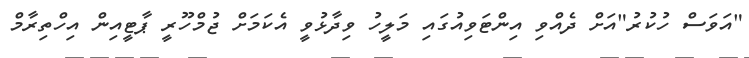
"އަވަސް ހުކުރު"އަށް ދެއްވި އިންޓަވިއުގައި މަލީހު ވިދާޅުވީ އެކަމަށް ޖުމްހޫރީ ޕާޓީއިން އިހްތިރާމް